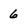
Character: 6